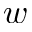
w